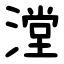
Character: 漟